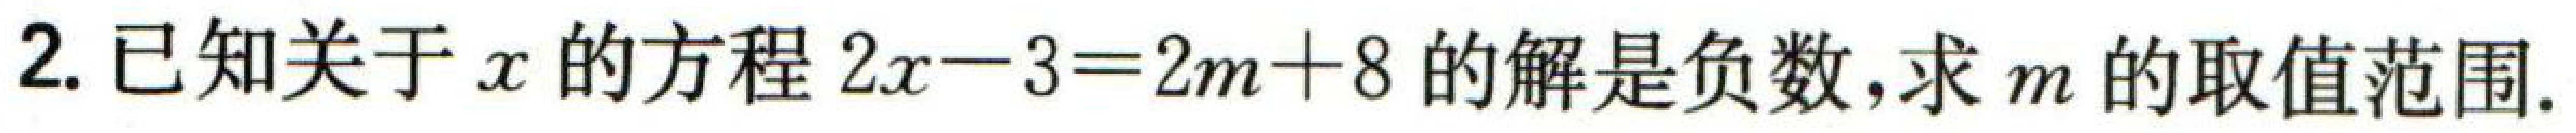
2. 已知关于\(x\)的方程\(2x - 3 = 2m + 8\)的解是负数,求\(m\)的取值范围.